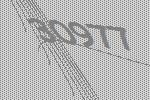
30977